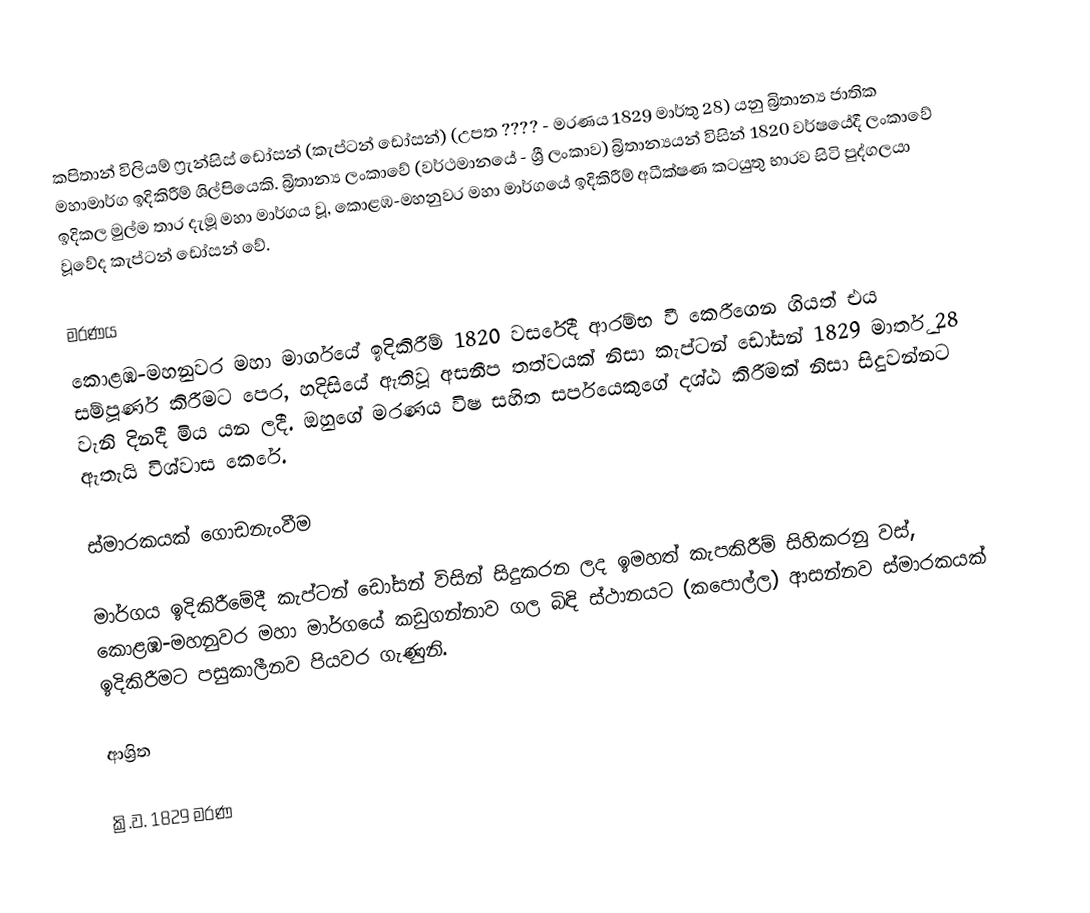
කපිතාන් විලියම් ෆ්‍රැන්සිස් ඩෝසන් (කැප්ටන් ඩෝසන්) (උපත ???? - මරණය 1829 මාර්තු 28) යනු බ්‍රිතාන්‍ය ජාතික මහාමාර්ග ඉදිකිරීම් ශිල්පියෙකි. බ්‍රිතාන්‍ය ලංකාවේ (වර්ථමානයේ - ශ්‍රී ලංකාව)  බ්‍රිතාන්‍යයන් විසින් 1820 වර්ෂයේදී ලංකාවේ ඉදිකල මුල්ම තාර දැමූ මහා මාර්ගය වූ, කොළඹ-මහනුවර මහා මාර්ගයේ ඉදිකිරීම් අධීක්ෂණ කටයුතු භාරව සිටි පුද්ගලයා වූවේද කැප්ටන් ඩෝසන් වේ.

මරණය
කොළඹ-මහනුවර මහා මාර්ගයේ ඉදිකිරීම් 1820 වසරේදී ආරම්භ වී කෙරීගෙන ගියත් එය සම්පූර්ණ කිරීමට පෙර, හදිසියේ ඇතිවූ අසනීප තත්වයක් නිසා කැප්ටන් ඩෝසන් 1829 මාර්තු 28 වැනි දිනදී මිය යන ලදී. ඔහුගේ මරණය විෂ සහිත සර්පයෙකුගේ දශ්ඨ කිරීමක් නිසා සිදුවන්නට ඇතැයි විශ්වාස කෙරේ.

ස්මාරකයක් ගොඩනැංවීම

මාර්ගය ඉදිකිරීමේදී කැප්ටන් ඩෝසන් විසින් සිදුකරන ලද ඉමහත් කැපකිරීම් සිහිකරනු වස්, කොළඹ-මහනුවර මහා මාර්ගයේ කඩුගන්නාව ගල බිඳි ස්ථානයට (කපොල්ල) ආසන්නව ස්මාරකයක් ඉදිකිරීමට පසුකාලීනව පියවර ගැණුනි.

ආශ්‍රිත

ක්‍රි.ව. 1829 මරණ